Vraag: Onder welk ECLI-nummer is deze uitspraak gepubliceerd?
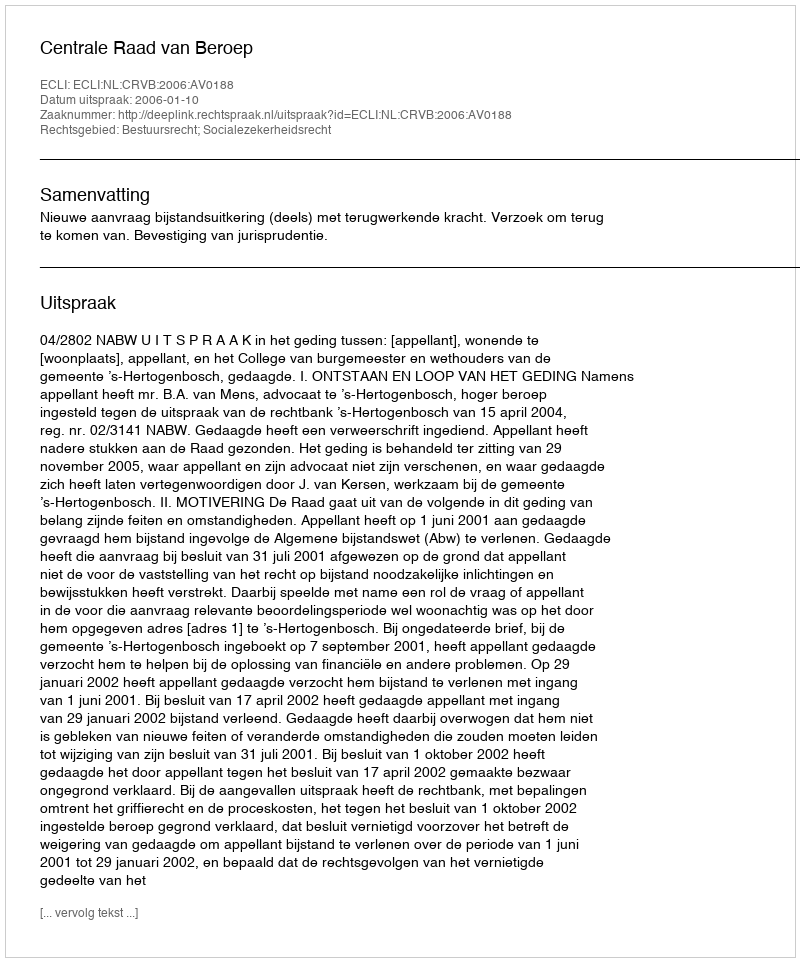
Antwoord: ECLI:NL:CRVB:2006:AV0188